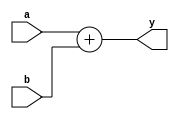
`timescale 1ns/1ns      



module adder(   input  [31:0] a, b,
                output  [31:0] y);
                assign y = a + b;
endmodule